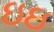
ઇઇ